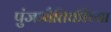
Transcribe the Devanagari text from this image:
पुंजभौतिकीच्या